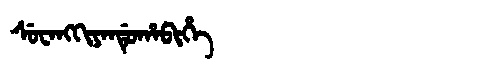
Manchu: ᠰᡠᠸᠠᠩᡴᡳᠶᠠᠨᡩᡠᡥᠠᠪᡳᡥᡝ
Romanization: SUWANGKIYANDUHABIHE